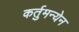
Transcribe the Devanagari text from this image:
कर्तुमन्येन